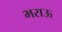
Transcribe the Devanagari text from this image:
भराऊ